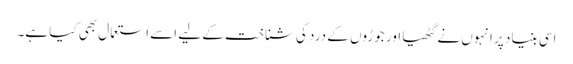
اسی بنیاد پر انہوں نے گٹھیا اور جوڑوں کے درد کی شناخت کے لیے اسے استعمال بھی کیا ہے۔